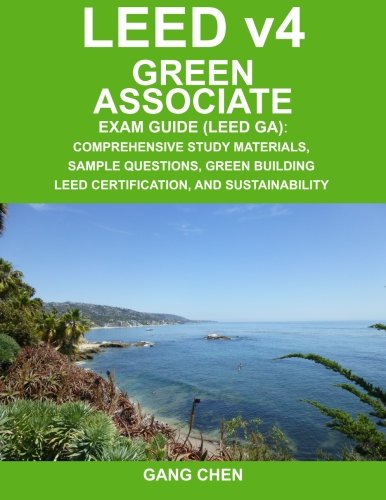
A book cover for LEED v4 Green Associate Exam Guide (LEED GA): Comprehensive Study Materials, Sample Questions, Green Building LEED Certification, and Sustainability (Green Associate Exam Guide Series) (Volume 1); Gang Chen; Engineering & Transportation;